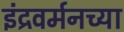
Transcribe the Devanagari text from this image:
इंद्रवर्मनच्या